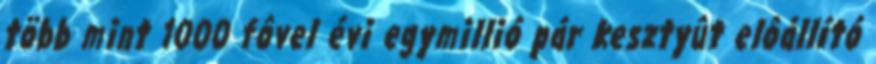
több mint 1000 fôvel évi egymillió pár kesztyût elôállító